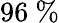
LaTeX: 96~\%